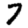
Digit: 7